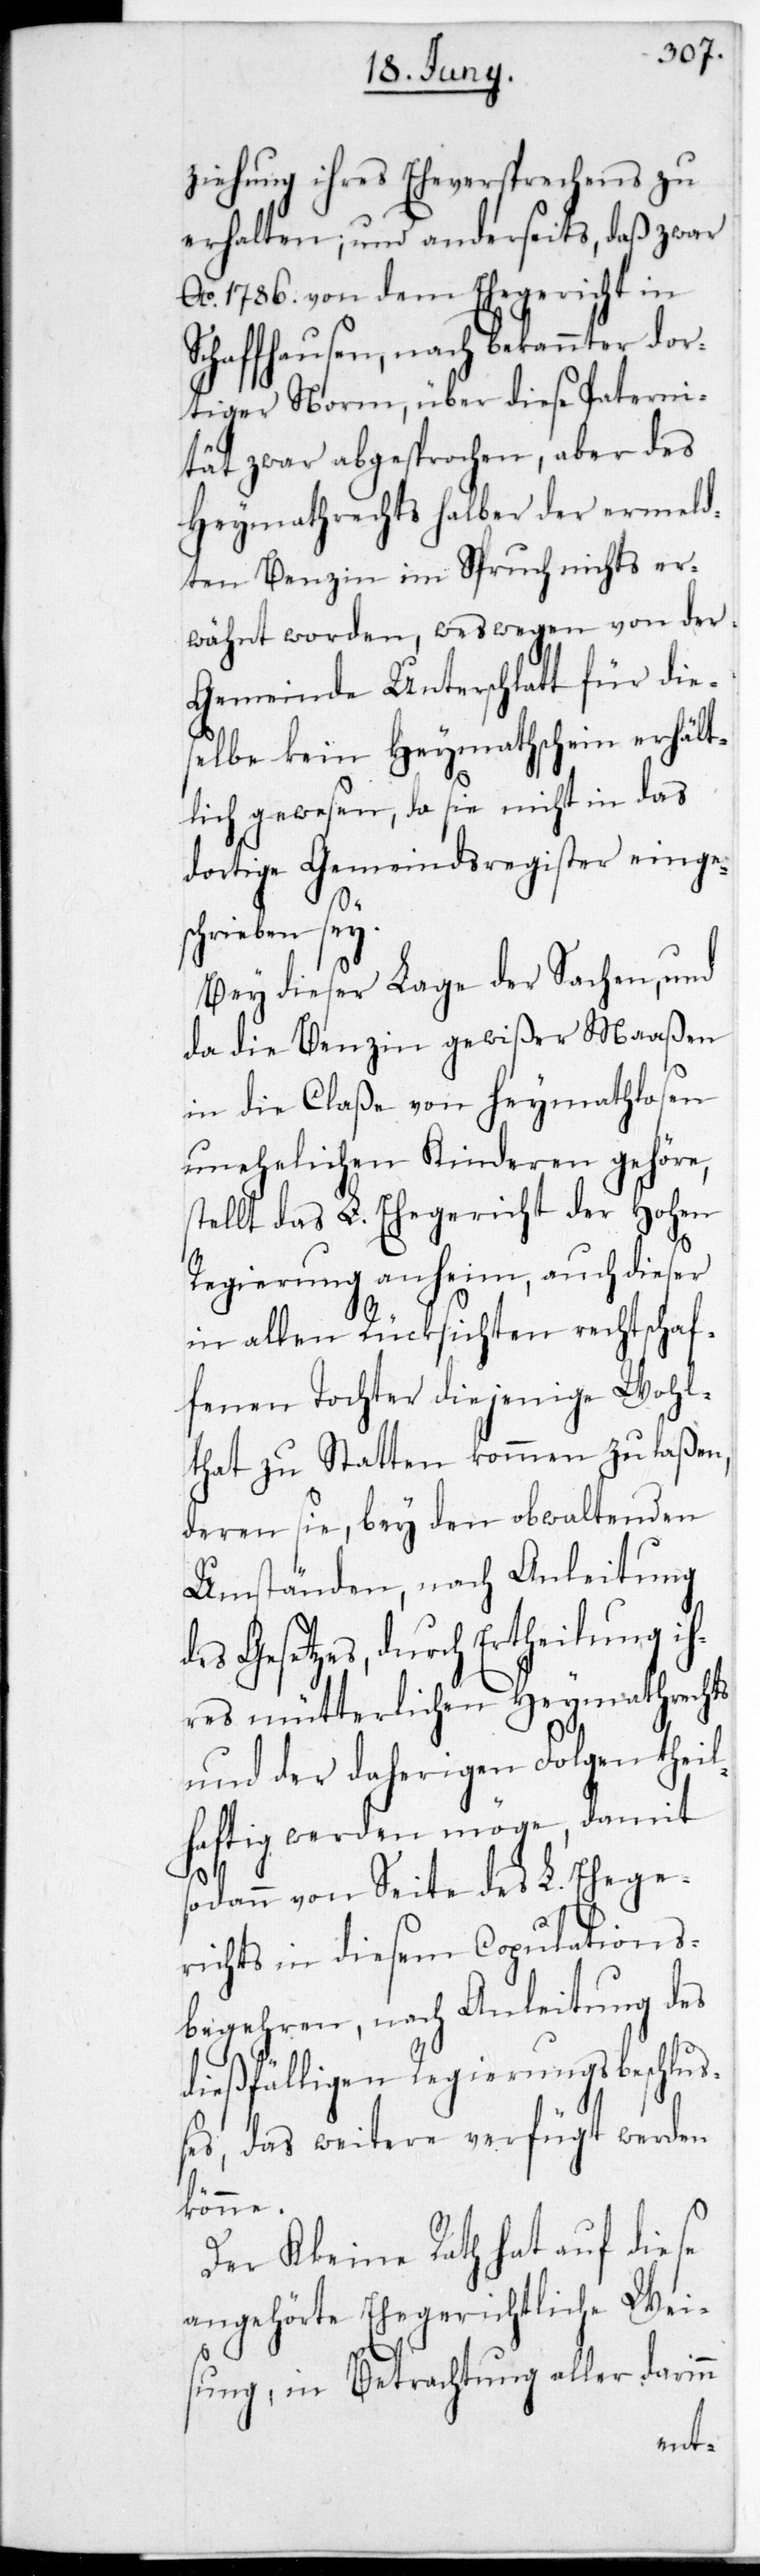
ziehung ihres Eheversprechens zu
erhalten, und anderseits, daß zwar
Ao. 1786. von dem Ehegericht in
Schaffhausen, nach bekannter dor¬
tiger Norm, über diese Paterni¬
tät zwar abgesprochen, aber des
Heymathrechts halber der ermeld¬
ten Benzin im Spruch nichts er¬
wähnt worden, weswegen von der
Gemeinde Unterschlatt für die¬
selbe kein Heymathschein erhält¬
lich gewesen, da sie nicht in das
dortige Gemeindsregister einges¬
chrieben sey.
Bey dieser Lage der Sachen und
da die Benzin gewißer Maaßen
in die Claße von Heymathlosen
unehelichen Kinderen gehöre,
stellt das L. Ehegericht der Hohen
Regierung anheim, auch dieser
in allen Rücksichten rechtschaf¬
fenen Tochter diejenige Wohl¬
tat zustatten kommen zu laßen,
deren sie bey den obwaltenden
Umständen, nach Anleitung
Gesetzes, durch Ertheilung ih¬
res mütterlichen Heymathrechts
und der daherigen Folgen theil¬
haftig werden möge, damit
sodann von Seite des L. Ehege¬
richts in diesem Copulations¬
begehren, nach Anleitung des
dießfälligen Regierungsbeschlu¬
ßes, das Weitere verfügt werden
könne.
Der Kleine Rath hat auf diese
angehörte Ehegerichtliche Wei¬
sung, in Betrachtung aller darinn